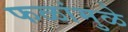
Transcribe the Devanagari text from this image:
फळांमुळे